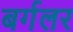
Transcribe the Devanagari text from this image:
बर्गलर